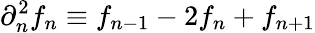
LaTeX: \partial_{n}^{2}f_{n}\equiv f_{n-1}-2f_{n}+f_{n+1}